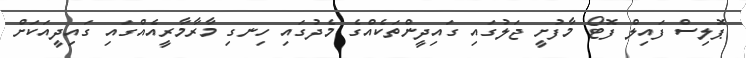
ޕޮލިސް ފައިލް ފޮޓޯ މާފުށީ ޖަލުގައި ގައިދީންތަކެއްގެ މެދުގައި ހިނގި މާރާމާރީއެއްގައި ގައިދީއަކަށް